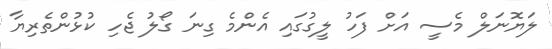
ލަޔޮނަލް މެސީ އަށް ފަހު ލީގުގައި އެންމެ ގިނަ ގޯލު ޖެހި ކުޅުންތެރިޔާ